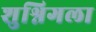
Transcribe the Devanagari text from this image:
शुश्निगला